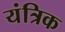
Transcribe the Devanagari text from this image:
यंत्रिक